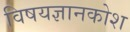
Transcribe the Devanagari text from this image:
विषयज्ञानकोश